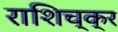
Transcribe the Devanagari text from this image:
राशिच्क्र